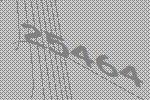
25464